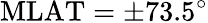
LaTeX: \mathrm{MLAT}=\pm 73.5^{\circ}